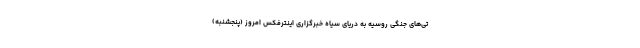
تی‌های جنگی روسیه به دریای سیاه خبرگزاری اینترفکس امروز (پنجشنبه)